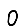
Digit: 0